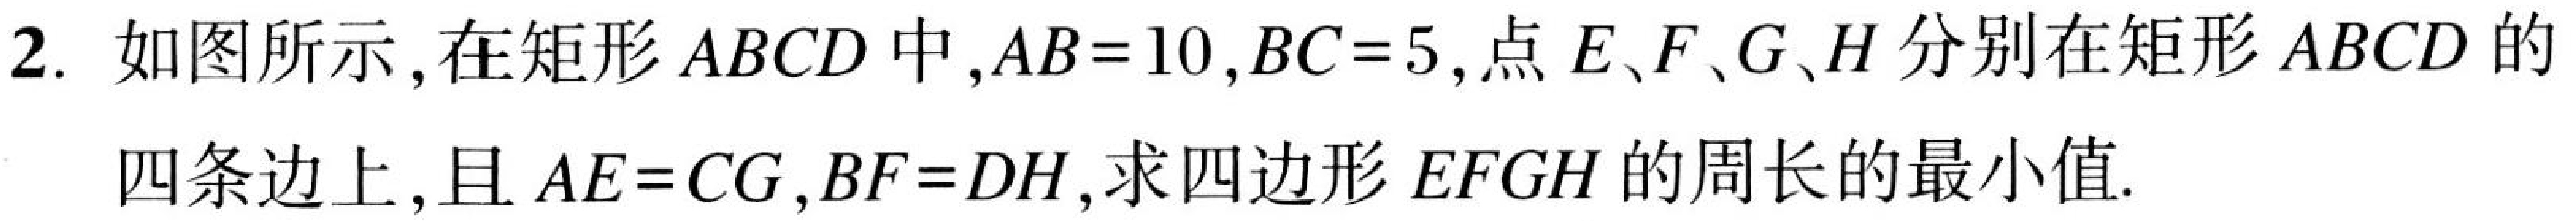
2. 如图所示，在矩形\(ABCD\)中，\(AB = 10\)，\(BC = 5\)，点\(E\)、\(F\)、\(G\)、\(H\)分别在矩形\(ABCD\)的四条边上，且\(AE = CG\)，\(BF = DH\)，求四边形\(EFGH\)的周长的最小值.